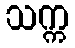
သက္က